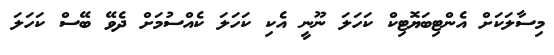
މިސާލަކަށް އެންޓިބަޔޮޓިކް ކަހަލަ ނޫނީ އެކި ކަހަލަ ކެއްސުމަށް ދެވޭ ބޭސް ކަހަލަ